Lunatic asylums Madras 1877-1891 - 1877-1891
Year: 1877
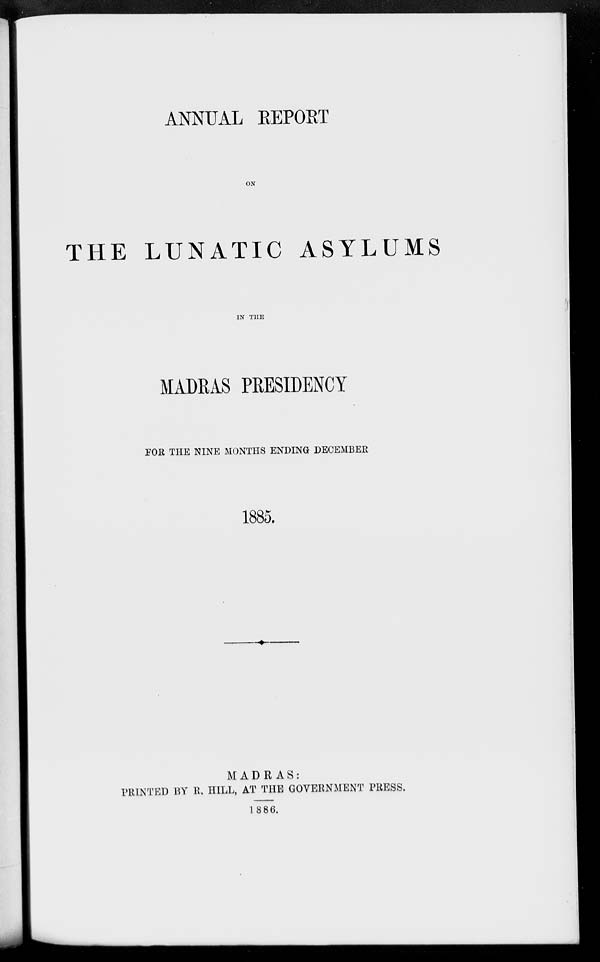
ANNUAL REPORT
ON
THE LUNATIC ASYLUMS
IN THE
MADRAS PRESIDENCY
FOR THE NINE MONTHS ENDING DECEMBER
1885.
MADRAS:
PRINTED BY R. HILL, AT THE GOVERNMENT PRESS.
1886.